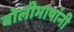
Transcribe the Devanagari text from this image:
बोलीभाषांनी